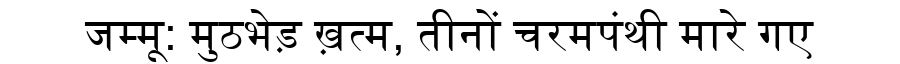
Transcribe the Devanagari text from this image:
जम्मू: मुठभेड़ ख़त्म, तीनों चरमपंथी मारे गए